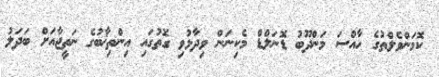
ކޮމަންވެލްތުގެ ހާއްސަ މަންދޫބު ޑޮނަލްޑް މެކިނަން ވިދާޅުވި ގޮތުގައި އިންތިޚާބުގެ ނަތީޖާއަށް ބަދަލު